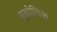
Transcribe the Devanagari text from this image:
बूकोलिक